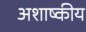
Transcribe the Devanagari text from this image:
अशाष्कीय